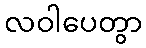
လဝါပေတွာ